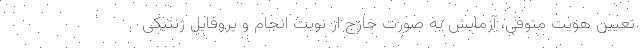
تعیین هویت متوفی، آزمایش به صورت خارج از نوبت انجام و پروفایل ژنتیکی